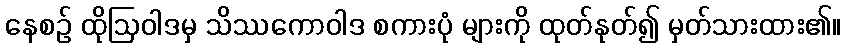
နေစဉ် ထိုဩဝါဒမှ သိဿကောဝါဒ စကားပုံ များကို ထုတ်နုတ်၍ မှတ်သားထား၏။